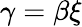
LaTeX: \gamma=\beta\xi